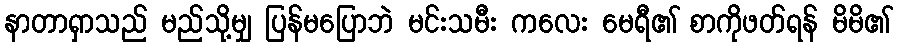
နာတာရှာသည် မည်သို့မျှ ပြန်မပြောဘဲ မင်းသမီး ကလေး မေရီ၏ စာကိုဖတ်ရန် မိမိ၏